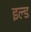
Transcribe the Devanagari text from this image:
इल्ड